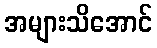
အများသိအောင်